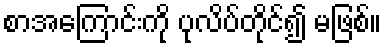
စာအကြောင်းကို ပုလိပ်တိုင်၍ မဖြစ်။